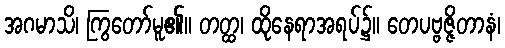
အဂမာသိ၊ ကြွတော်မူ၏။ တတ္ထ၊ ထိုနေရာအရပ်၌။ တေပဗ္ဗဇ္ဇိတာနံ၊